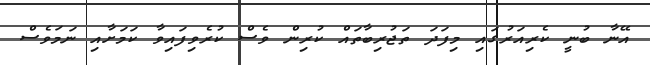
އޭނާ ބުނީ ކެރިއަރުގައި މިފަދަ ތަޖުރިބާތައް ކުރިން ވެސް ކުރެވިފައިވާ ކަމަށާއި ނަމަވެސް